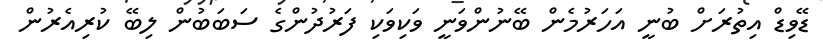
ޑޭވިޑް އިތުރަށް ބުނީ އަހަރުމެން ބޭނުންވަނީ ވަކިވަކި ފަރުދުންގެ ސަބަބުން ލިބޭ ކުރިއެރުން